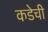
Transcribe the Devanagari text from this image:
कडेची